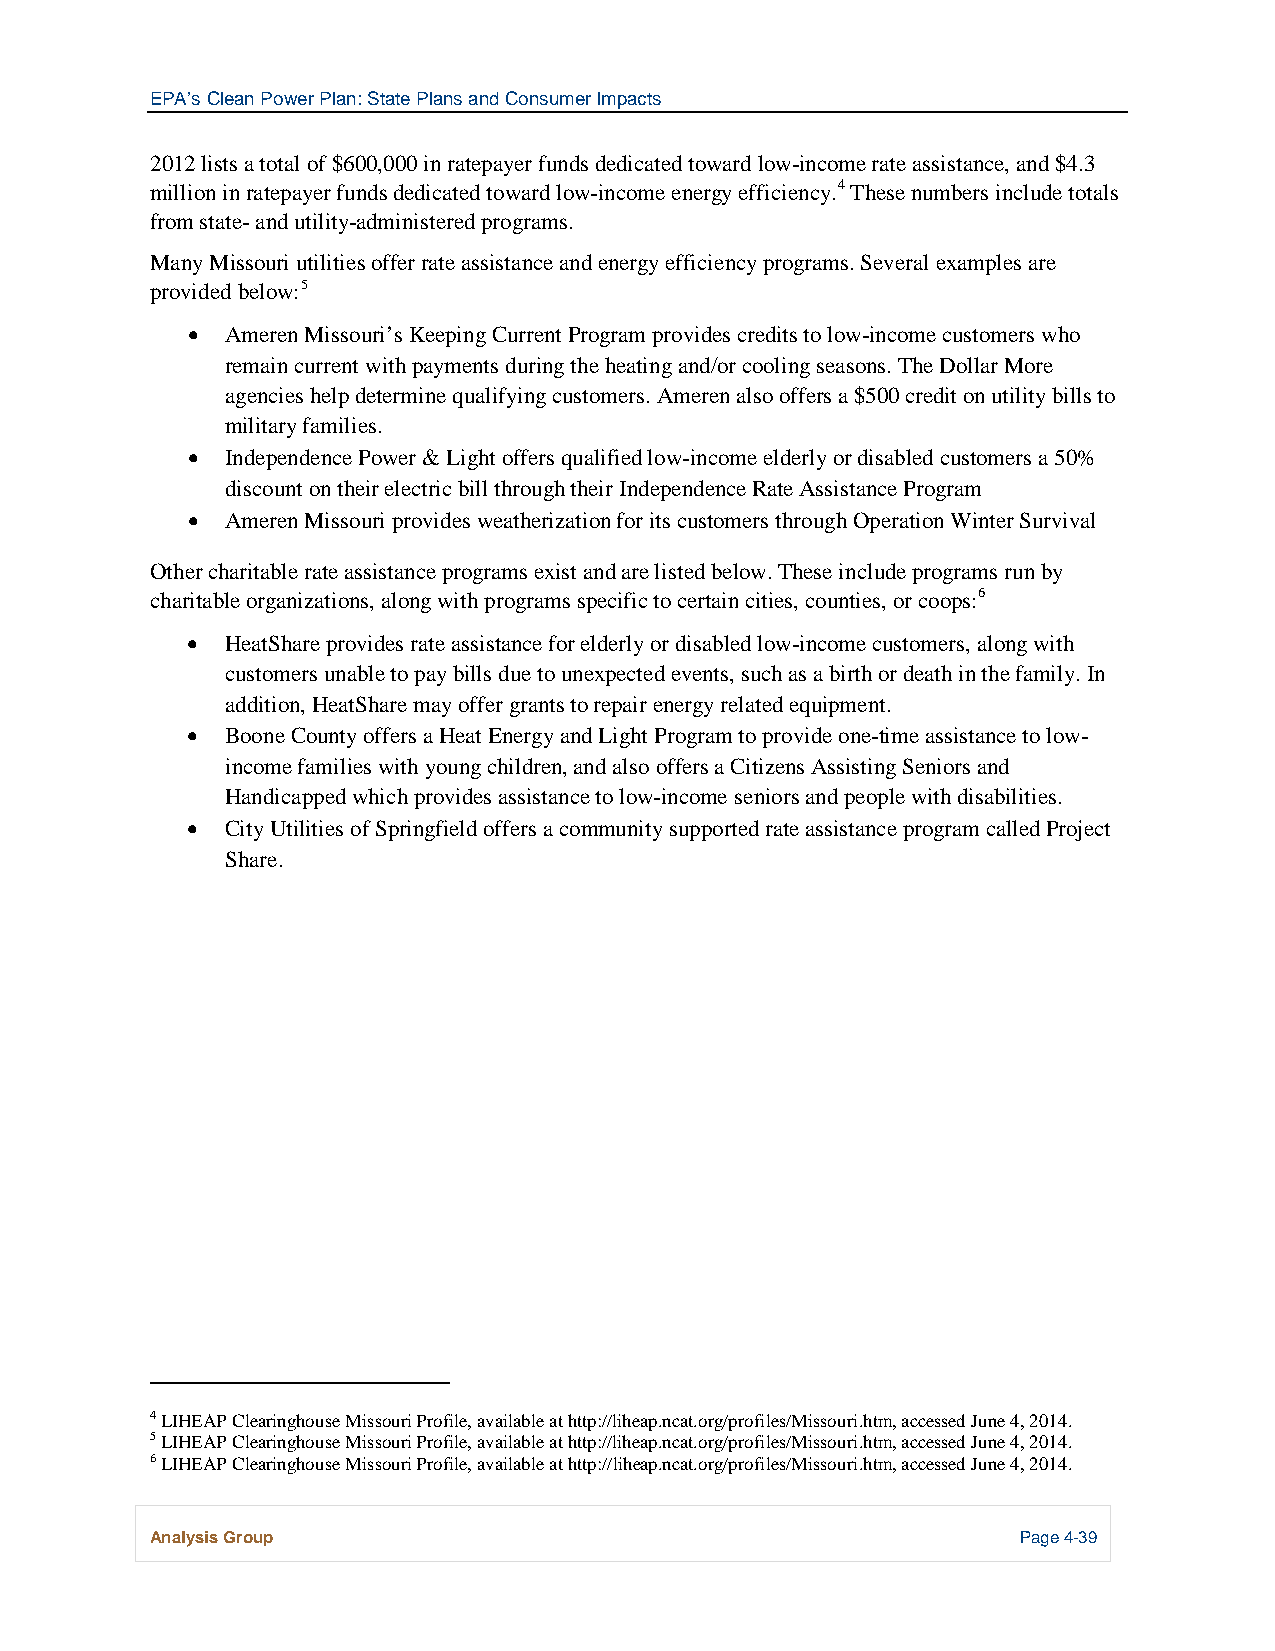
EPA’s Clean Power Plan: State Plans and Consumer Impacts
 2012 lists a total of $600,000 in ratepayer funds dedicated toward low-income rate assistance, and $4.3
 million in ratepayer funds dedicated toward low-income energy efficiency.4 These numbers include totals
 from state- and utility-administered programs.
 Many Missouri utilities offer rate assistance and energy efficiency programs. Several examples are
 provided below:5
 •  Ameren Missouri’s Keeping Current Program provides credits to low-income customers who
 remain current with payments during the heating and/or cooling seasons. The Dollar More
 agencies help determine qualifying customers. Ameren also offers a $500 credit on utility bills to
 military families.
 •  Independence Power & Light offers qualified low-income elderly or disabled customers a 50%
 discount on their electric bill through their Independence Rate Assistance Program
 •  Ameren Missouri provides weatherization for its customers through Operation Winter Survival
 Other charitable rate assistance programs exist and are listed below. These include programs run by
 charitable organizations, along with programs specific to certain cities, counties, or coops:6
 •  HeatShare provides rate assistance for elderly or disabled low-income customers, along with
 customers unable to pay bills due to unexpected events, such as a birth or death in the family. In
 addition, HeatShare may offer grants to repair energy related equipment.
 •  Boone County offers a Heat Energy and Light Program to provide one-time assistance to low-
 income families with young children, and also offers a Citizens Assisting Seniors and
 Handicapped which provides assistance to low-income seniors and people with disabilities.
 •  City Utilities of Springfield offers a community supported rate assistance program called Project
 Share.
 4 LIHEAP Clearinghouse Missouri Profile, available at http://liheap.ncat.org/profiles/Missouri.htm, accessed June 4, 2014.
 5 LIHEAP Clearinghouse Missouri Profile, available at http://liheap.ncat.org/profiles/Missouri.htm, accessed June 4, 2014.
 6 LIHEAP Clearinghouse Missouri Profile, available at http://liheap.ncat.org/profiles/Missouri.htm, accessed June 4, 2014.
 Analysis Group                                            Page 4-39